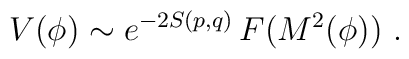
V(\phi) \sim   {e^{-2 S(p,q)} }\, F(M^2(\phi)) \ .